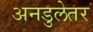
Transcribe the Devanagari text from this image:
अनडुलेतर